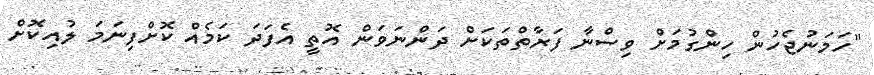
"ހަމަނުޖެހުން ހިންގުމަށް ވިސްނާ ފަރާތްތަކަށް ދަންނަވަން އޮތީ އެފަދަ ކަމެއް ކޮށްފިނަމަ ލުއިކޮށް